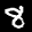
Label: 8